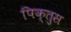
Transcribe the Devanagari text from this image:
पिक्तुस